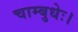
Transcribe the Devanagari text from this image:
चाम्बुधेः।